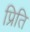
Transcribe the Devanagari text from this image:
प्रिति